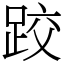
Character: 跤